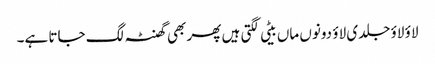
لاؤ لاؤ جلدی لاؤ دونوں ماں بیٹی لگتی ہیں پھر بھی گھنٹہ لگ جاتا ہے۔